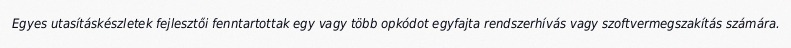
Egyes utasításkészletek fejlesztői fenntartottak egy vagy több opkódot egyfajta rendszerhívás vagy szoftvermegszakítás számára.